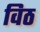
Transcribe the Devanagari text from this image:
विठ